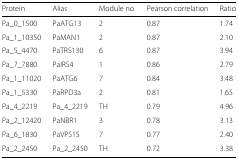
<table><thead><tr><td><b>Protein</b></td><td><b>Alias</b></td><td><b>Module no.</b></td><td><b>Pearson correlation</b></td><td><b>Ratio</b></td></tr></thead><tbody><tr><td>Pa_0_1500</td><td>PaATG13</td><td>2</td><td>0.87</td><td>1.74</td></tr><tr><td>Pa_1_10350</td><td>PaMAN1</td><td>2</td><td>0.87</td><td>2.10</td></tr><tr><td>Pa_5_4470</td><td>PaTRS130</td><td>6</td><td>0.87</td><td>3.94</td></tr><tr><td>Pa_7_7880</td><td>PaIRS4</td><td>1</td><td>0.86</td><td>2.79</td></tr><tr><td>Pa_1_11020</td><td>PaATG6</td><td>7</td><td>0.84</td><td>3.48</td></tr><tr><td>Pa_1_5330</td><td>PaRPD3a</td><td>2</td><td>0.81</td><td>1.65</td></tr><tr><td>Pa_4_2219</td><td>Pa_4_2219</td><td>TH</td><td>0.79</td><td>4.96</td></tr><tr><td>Pa_2_12420</td><td>PaNBR1</td><td>3</td><td>0.78</td><td>3.13</td></tr><tr><td>Pa_6_1830</td><td>PaVPS15</td><td>7</td><td>0.77</td><td>2.40</td></tr><tr><td>Pa_2_2450</td><td>Pa_2_2450</td><td>TH</td><td>0.72</td><td>3.38</td></tr></tbody></table>